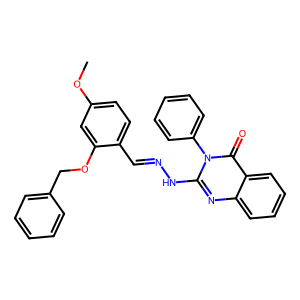
SMILES: COc1ccc(C=NNc2nc3ccccc3c(=O)n2-c2ccccc2)c(OCc2ccccc2)c1
Inhibits HIV replication: No